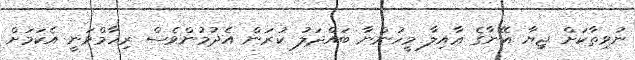
ނުވިތާކަށް ޖިޔާ އޭނާގެ ޢާއިލާ މީހުންނާ ބައްދަލު ކުރަން އެދުމުންވެސް ރިހާމްވަނީ އެކަމަށް